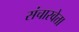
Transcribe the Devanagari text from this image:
संचारवेत्ता